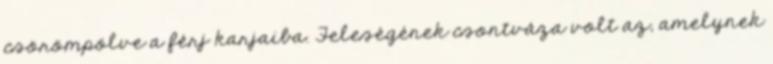
csörömpölve a férj karjaiba. Feleségének csontváza volt az, amelynek